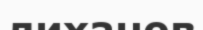
лиханов